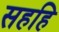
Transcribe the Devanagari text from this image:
सहहि